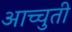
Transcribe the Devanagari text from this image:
आच्चुती